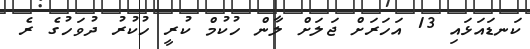
ކަނޑައަޅައި 13 އަހަރަށް ޖަލަށް ލާން ހުކުމް ކުރީ ހުކުރު ދުވަހުގެ ރެ